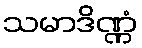
သမာဒိဏ္ဏံ